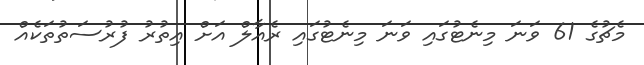
މެޗުގެ 61 ވަނަ މިނެޓުގައި ވަނަ މިނެޓުގައި ރެއާލް އަށް އިތުރު ފުރުސަތުތަކެއް